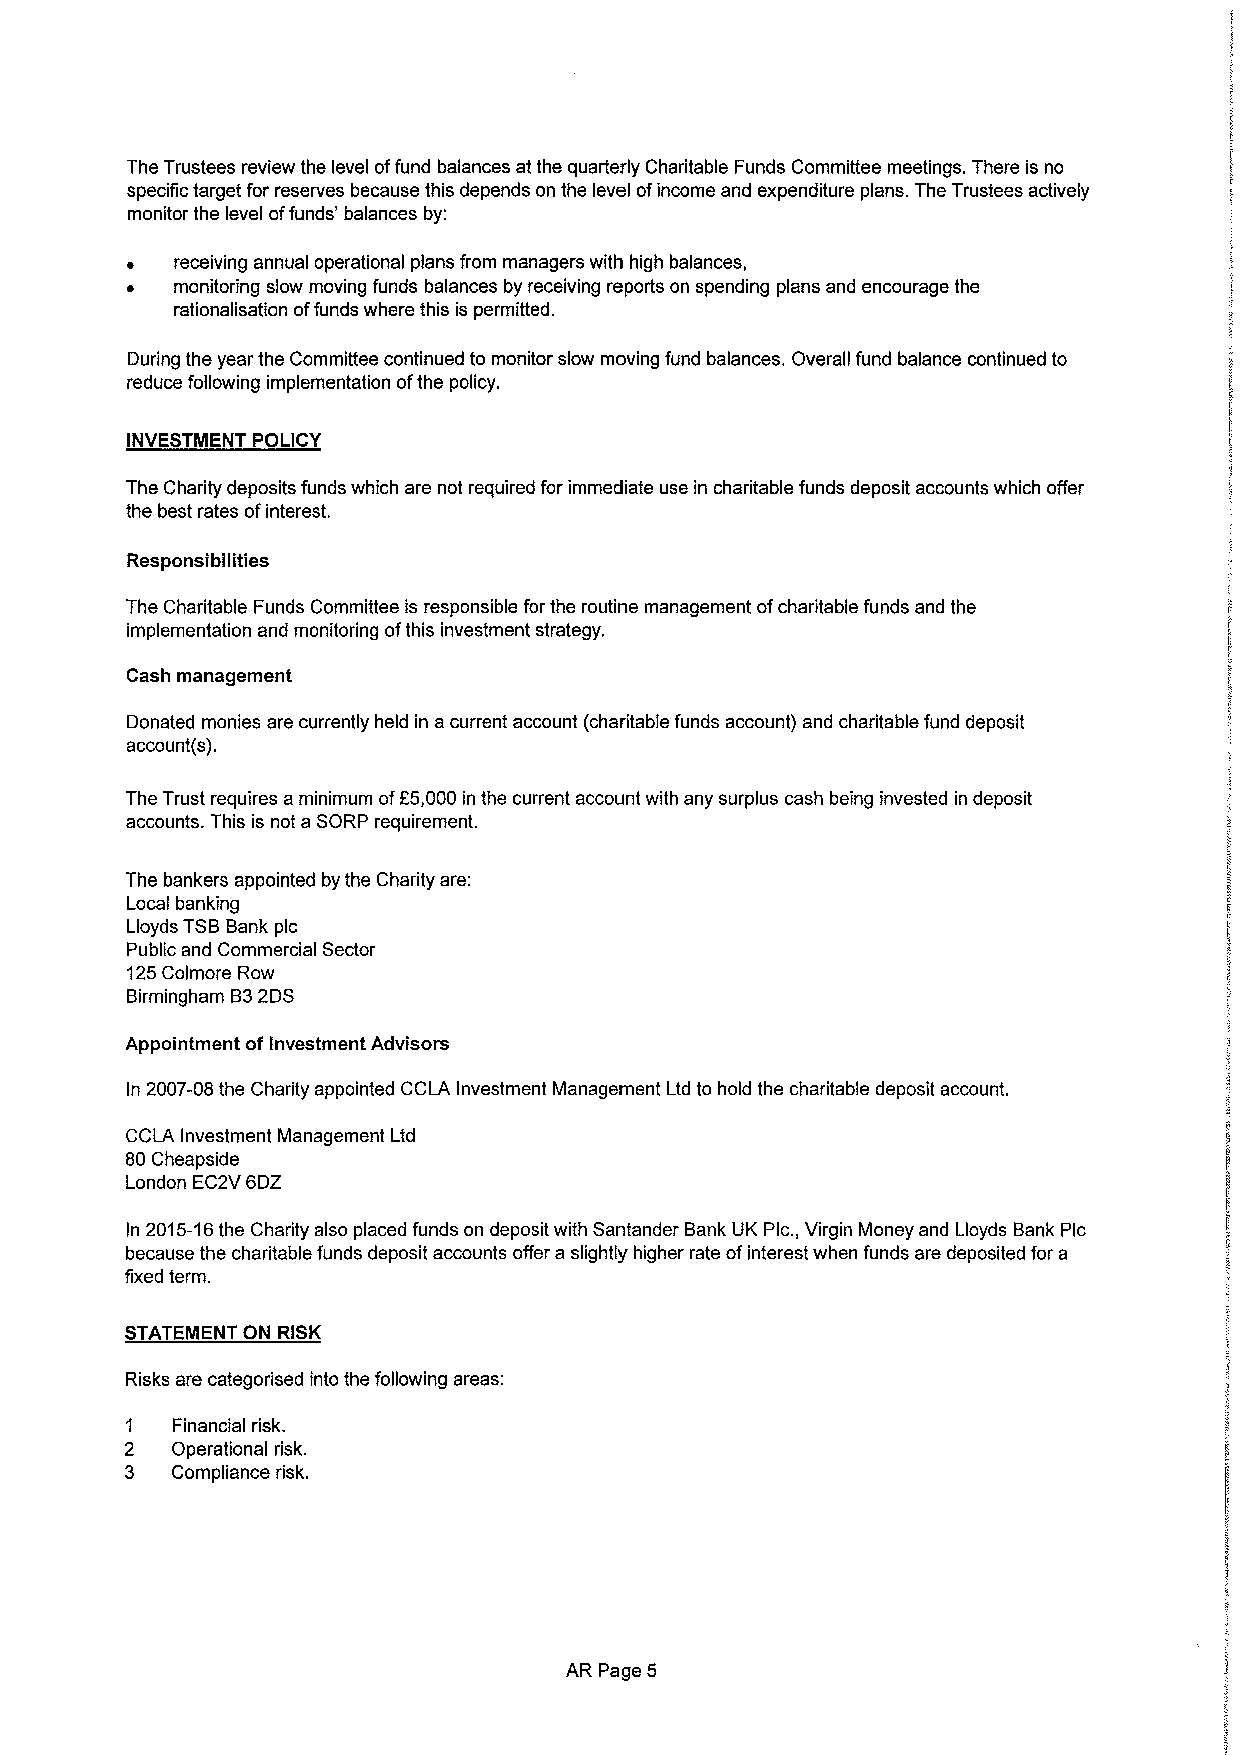
The Trustees review the level offund balances at the quarterly Charitable Funds Committee meetings. There is no
 specific target for reserves because this depends on the level ofincome and expenditure plans. The Trustees actively
 monitor the level offunds' balances by:
 ~   receiving annual operational plans from managers with high balances,
 ~   monitoring slow moving funds balances by receiving reports on spending plans and encourage the
 rationalisation offunds where this is permitted.
 During the year the Committee continued to monitor slow moving fund balances. Overall fund balance continued to
 reduce following implementation ofthe policy.
 INVESTMENT POLICY
 The Charity deposits funds which are not required for immediate use in charitable funds deposit accounts which offer
 the best rates ofinterest.
 Responsibilities
 The Charitable Funds Committee is responsible for the routine management ofcharitable funds and the
 implementation and monitoring ofthis investment strategy.
 Cash management
 Donated monies are currently held in a current account (charitable funds account) and charitable fund deposit
 account(s).
 The Trust requires a minimum ofE5,000in the current account with any surplus cash being invested in deposit
 accounts. This is not a SORP requirement.
 The bankers appointed by the Charity are:
 Local banking
 Lloyds TSBBank pic
 Public and Commercial Sector
 125Colmore Row
 Birmingham B32DS
 Appointment ofInvestment Advisors
 In 2007-08the Charity appointed CCLA Investment Management Ltd to hold the charitable deposit account.
 CCLA Investment Management Ltd
 80Cheapside
 London EC2V 6DZ
 In 2015-16the Charity also placed funds on deposit with Santander Bank UK Plc. , Virgin Money and Lloyds Bank Plc
 because the charitable funds deposit accounts offer a slightly higher rate ofinterest when funds are deposited for a
 fixed term.
 STATEMENT ON RISK
 Risks are categorised into the following areas:
 1  Financial risk.
 2  Operational risk.
 3  Compliance risk.
 AR Page 5